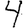
Digit: 4